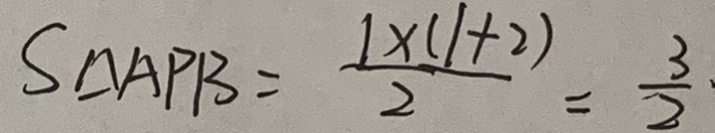
S _ { \Delta A P B } = \frac { 1 \times ( 1 + 2 ) } { 2 } = \frac { 3 } { 2 } \cdot